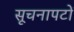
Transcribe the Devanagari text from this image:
सूचनापटों